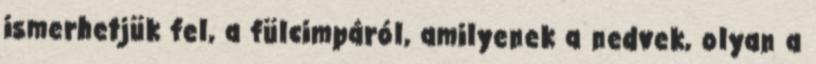
ismerhetjük fel, a fülcimpáról, amilyenek a nedvek, olyan a